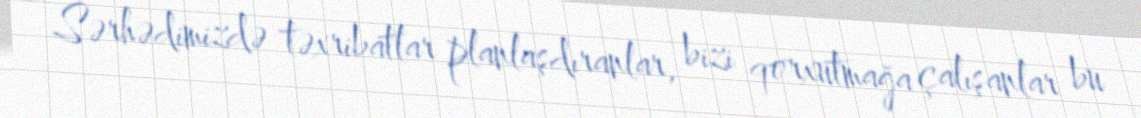
Sərhədimizdə təxribatlar planlaşdıranlar, bizi qorxutmağa çalışanlar bu